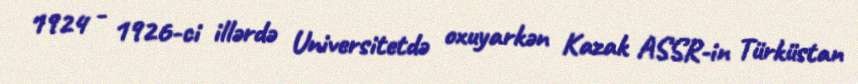
1924 - 1926-ci illərdə Universitetdə oxuyarkən Kazak ASSR-in Türküstan